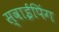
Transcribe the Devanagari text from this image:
स्वाईपिंग